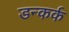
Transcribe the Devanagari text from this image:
डन्कर्क